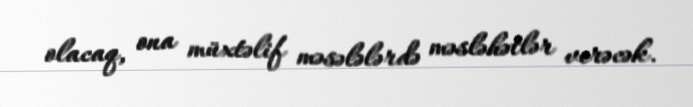
olacaq, ona müxtəlif məsələlərdə məsləhətlər verəcək.